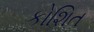
કોશિત